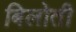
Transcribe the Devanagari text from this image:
बिलोती